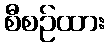
စီစဉ်ထား